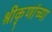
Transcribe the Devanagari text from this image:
श्रीकृणांच्या